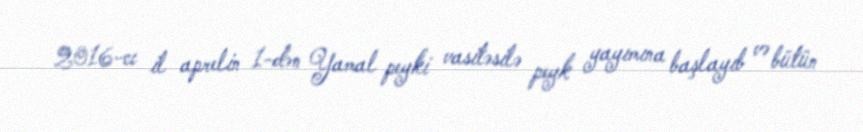
2016-cı il aprelin 1-dən Yamal peyki vasitəsilə peyk yayımına başlayıb və bütün